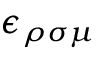
\epsilon _ { \rho \sigma \mu }